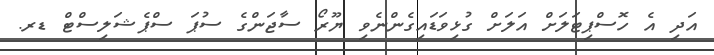
އަދި އެ ހޮސްޕިޓަލަށް އަލަށް ގުޅިވަޑައިގެންނެވި ޔޫރޯ ސާޖަންގެ ސުޕަ ސްޕެޝަލިސްޓް ޑރ.